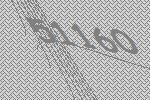
51160